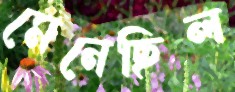
মেনেছিল